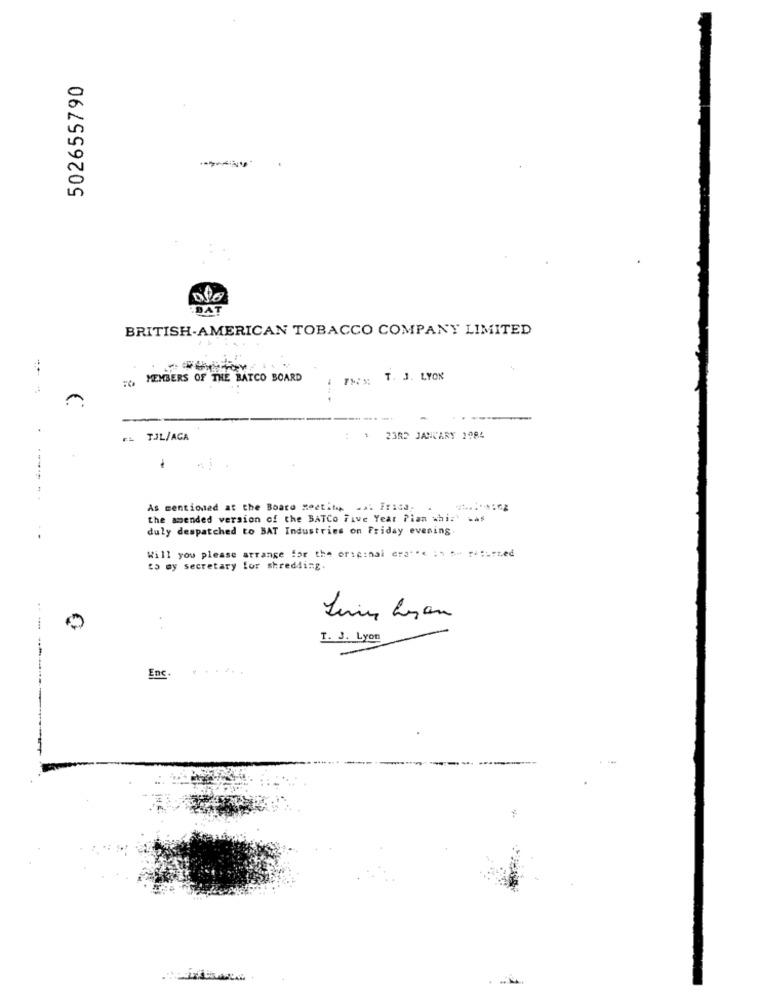
502655790
DAT
BRITISH-AMERICAN TOBACCO COMPANY LIMITED
MEMBERS OF THE BATCO BOARD
FMS; T. J. LYON
EL TJL/AGA
: 1 2383 JANUARY 1984
1
As mentioned at the Board Meeting .s. Fricd,
the amended version of the BATCo Five Year Pian whi:' was
duly despatched to BAT Industries on Friday evening.
Will you please arrange for the original era""< ;, A- ri ;- red
to my secretary for shredding.
Lunes Lyon
T. J. Lyon
Enc.